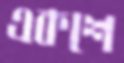
একশে